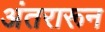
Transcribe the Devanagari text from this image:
अंतरारून